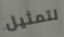
لتمثيل